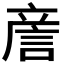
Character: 𧧑